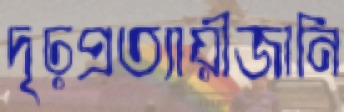
দৃঢ়প্রত্যায়ীজানি